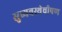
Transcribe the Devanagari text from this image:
सुव्यवस्थेचीपण